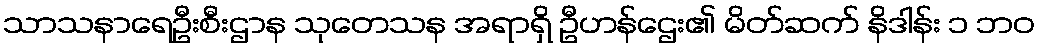
သာသနာရေဦးစီးဌာန သုတေသန အရာရှိ ဦဟန်ဌေး၏ မိတ်ဆက် နိဒါန်း ၁ ဘဝ